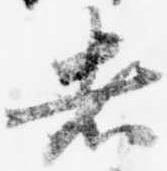
者